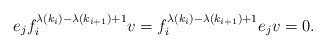
\begin{align*}e_jf_i^{\lambda(k_i) - \lambda(k_{i+1})+1}v = f_i^{\lambda(k_i) - \lambda(k_{i+1})+1}e_j v = 0.\end{align*}